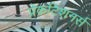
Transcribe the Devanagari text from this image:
प्रेकटिशनर्स